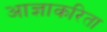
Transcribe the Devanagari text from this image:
आज्ञाकरिता